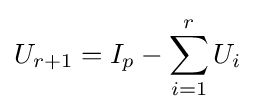
U_{r+1}=I_{p}-\sum _{i=1}^{r}U_{i}